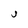
Character: J